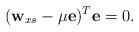
LaTeX: \begin{align*}(\mathbf{w}_{xs}-\mu\mathbf{e})^T\mathbf{e}=0.\end{align*}